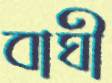
বাঘী